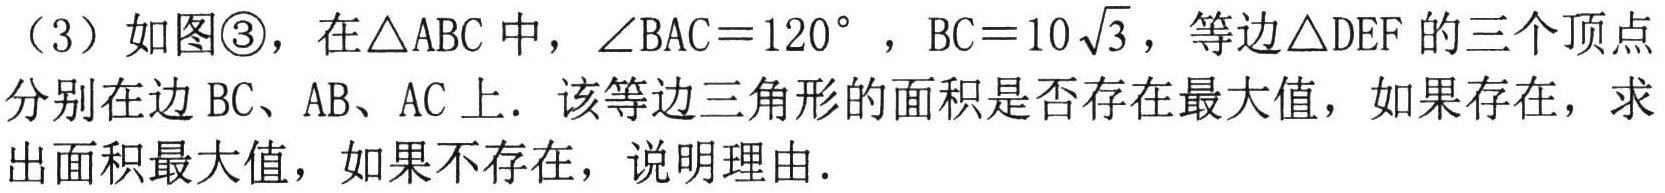
（3）如图\textcircled{3}，在\(\triangle ABC\)中，\(\angle BAC = 120^{\circ}\)，\(BC = 10\sqrt{3}\)，等边\(\triangle DEF\)的三个顶点分别在边 \(BC、AB、AC\)上．该等边三角形的面积是否存在最大值，如果存在，求出面积最大值，如果不存在，说明理由．